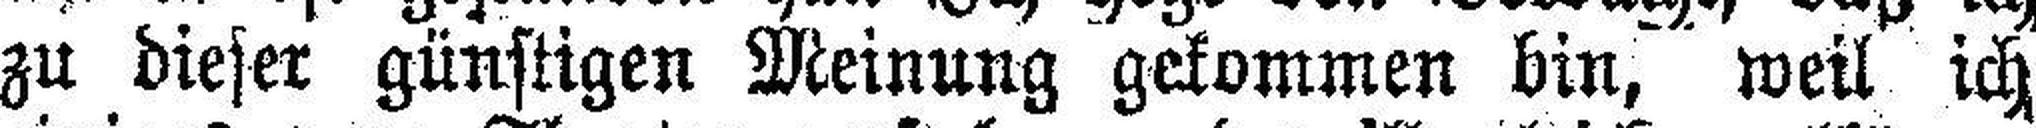
zu dieser günstigen Meinung gekommen bin, weil ich